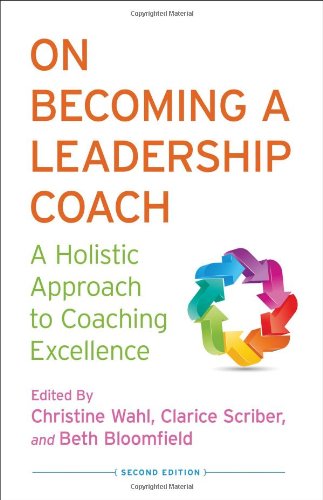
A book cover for On Becoming a Leadership Coach: A Holistic Approach to Coaching Excellence; Business & Money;